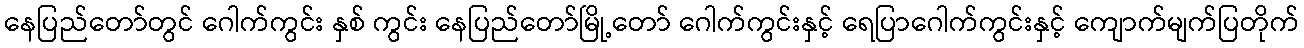
နေပြည်တော်တွင် ဂေါက်ကွင်း နှစ် ကွင်း နေပြည်တော်မြို့တော် ဂေါက်ကွင်းနှင့် ရေပြာဂေါက်ကွင်းနှင့် ကျောက်မျက်ပြတိုက်